Scientific memoirs by medical officers of the Army of India - Part XII,
Year: 1901
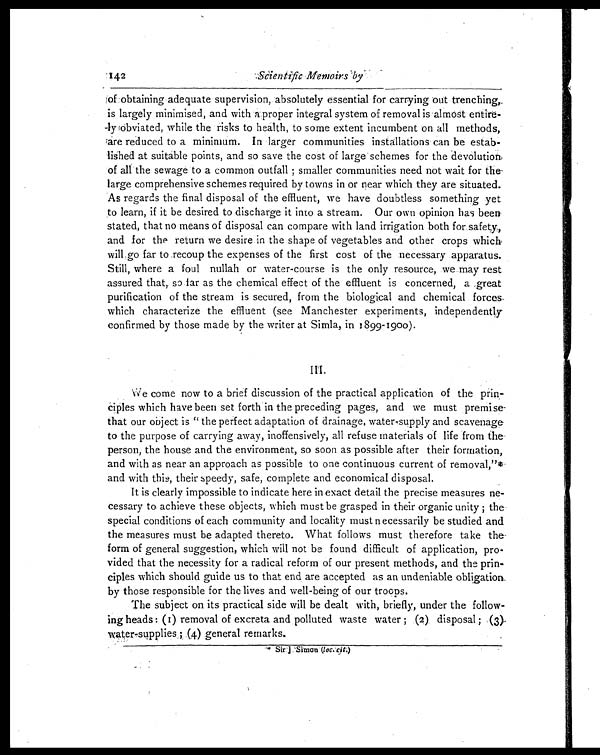
of obtaining adequate supervision, absolutely essential for carrying out trenching,
is largely minimised, and with a proper integral system of removal is almost entir
e -
ly obviated, while the risks to health, to some extent incumbent on all methods,
are reduced to a minimum. In larger communities installations can be
e s t a b -
lished at suitable points, and so save the cost of large schemes for the devolution,
of all the sewage to a common outfall; smaller communities need not wait for the
large comprehensive schemes required by towns in or near which they are situated.
As regards the final disposal of the effluent, we have doubtless something yet
to learn, if it be desired to discharge it into a stream. Our own opinion has been.
stated, that no means of disposal can compare with land irrigation both for safety,
and for the return we desire in the shape of vegetables and other crops which,
will go far to recoup the expenses of the first cost of the necessary apparatus.
Still, where a foul nullah or water-course is the only resource, we may rest
assured that, so far as the chemical effect of the effluent is concerned, a great
purification of the stream is secured, from the biological and chemical forces,
which characterize the effluent (see Manchester experiments, independently
confirmed by those made by the writer at Simla, in 1899-1900).
We come now to a brief discussion of the practical application of the prin
-
ciples which have been set forth in the preceding pages, and we must premise
that our object is "the perfect adaptation of drainage, water-supply and scavenage
to the purpose of carrying away, inoffensively, all refuse materials of life from the
person, the house and the environment, so soon as possible after their formation,
and with as near an approach as possible to one continuous current of removal,"*
and with this, their speedy, safe, complete and economical disposal.
It is clearly impossible to indicate here in exact detail the precise measures ne-
cessary to achieve these objects, which must be grasped in their organic unity ; the
special conditions of each community and locality must necessarily be studied and
the measures must be adapted thereto. What follows must therefore take the
form of general suggestion, which will not be found difficult of application, pro-
vided that the necessity for a radical reform of our present methods, and the prin-
ciples which should guide us to that end are accepted as an undeniable obligation
by those responsible for the lives and well-being of our troops.
The subject on its practical side will be dealt with, briefly, under the follow-
ing heads: (I) removal of excreta and, polluted waste water; (2) disposal; (3)
water-supplies; (4) general remarks.
* Sir J. Simon (loc. cit.)
142